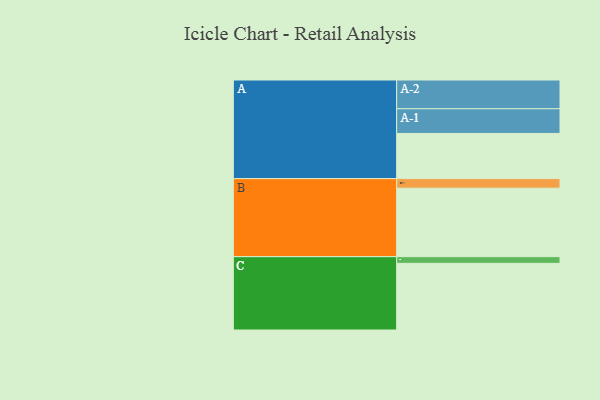
{"axis": {"x": "Segment", "y": "Value"}, "legend": ["", "A", "B", "C"], "data": [{"x": "A", "y": 393, "type": ""}, {"x": "B", "y": 596, "type": ""}, {"x": "C", "y": 580, "type": ""}, {"x": "A-1", "y": 215, "type": "A"}, {"x": "A-2", "y": 250, "type": "A"}, {"x": "B-1", "y": 83, "type": "B"}, {"x": "C-1", "y": 58, "type": "C"}]}